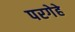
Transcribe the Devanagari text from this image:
परगेहे